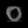
Digit: ၀